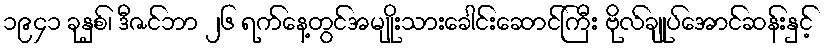
၁၉၄၁ ခုနှစ်၊ ဒီဇင်ဘာ ၂၆ ရက်နေ့တွင်အမျိုးသားခေါင်းဆောင်ကြီး ဗိုလ်ချုပ်အောင်ဆန်းနှင့်